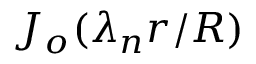
J _ { o } ( \lambda _ { n } r / R )